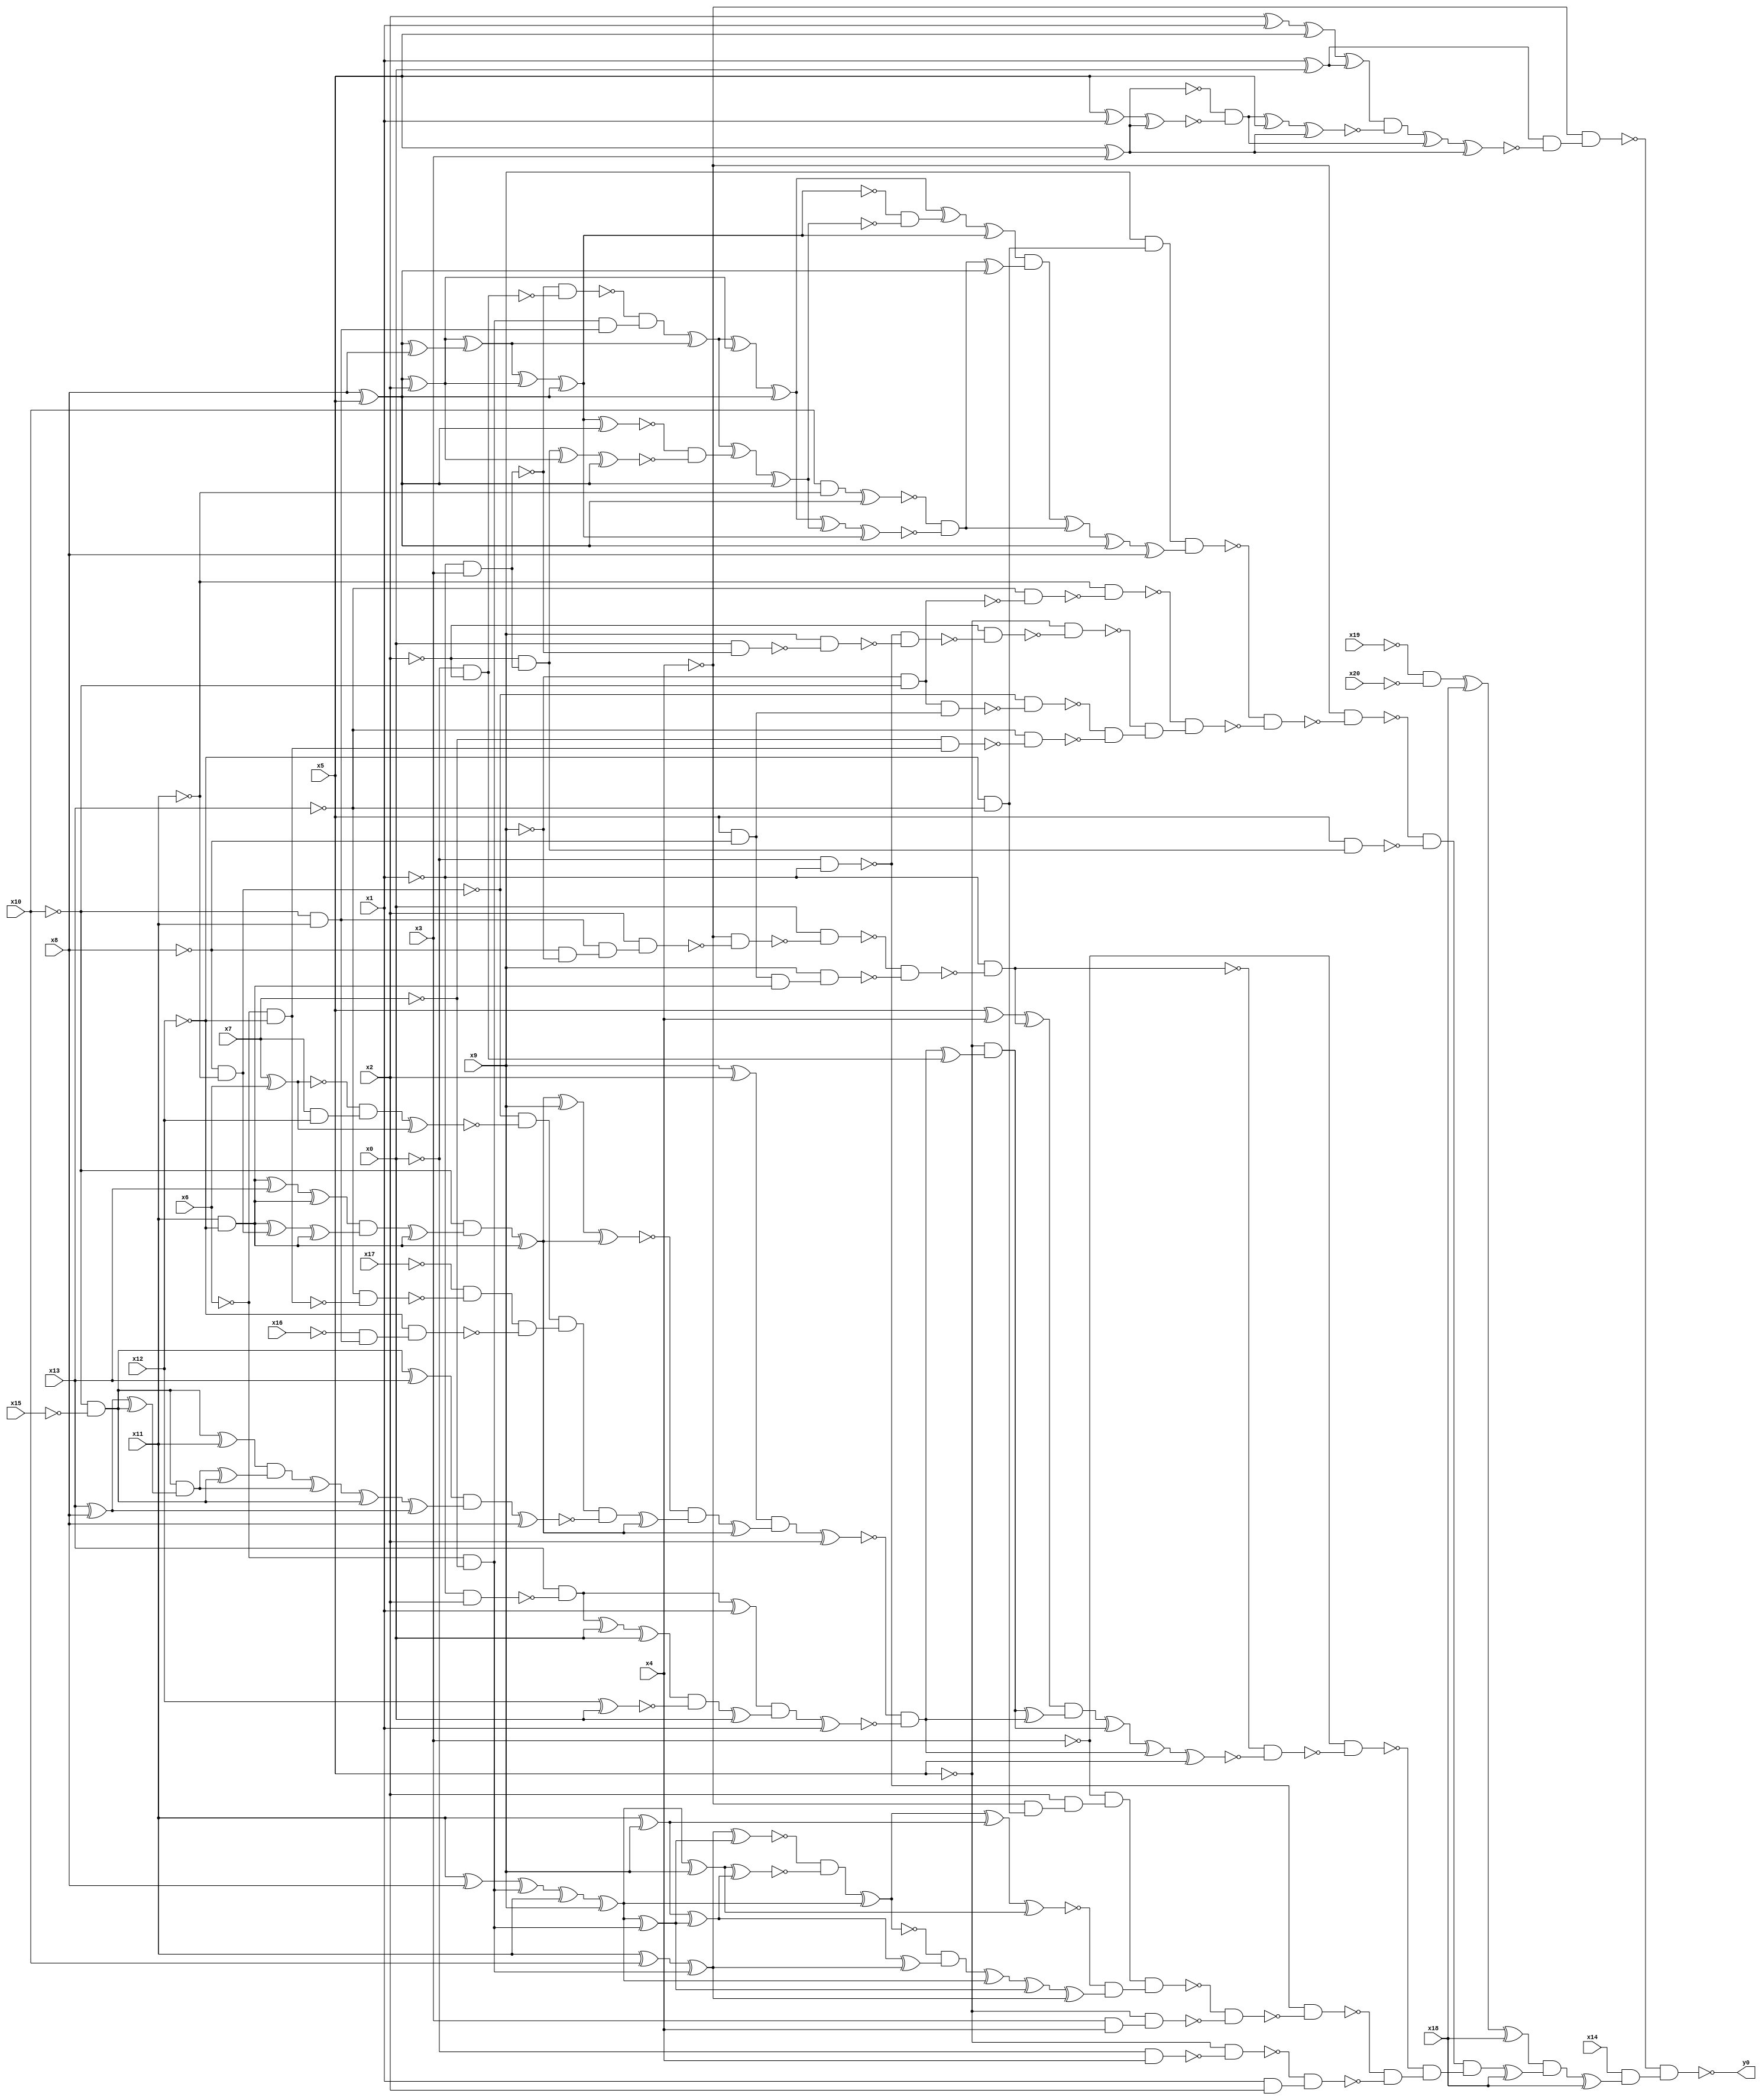
module top( x0 , x1 , x2 , x3 , x4 , x5 , x6 , x7 , x8 , x9 , x10 , x11 , x12 , x13 , x14 , x15 , x16 , x17 , x18 , x19 , x20 , y0 );
  input x0 , x1 , x2 , x3 , x4 , x5 , x6 , x7 , x8 , x9 , x10 , x11 , x12 , x13 , x14 , x15 , x16 , x17 , x18 , x19 , x20 ;
  output y0 ;
  wire n22 , n23 , n24 , n25 , n26 , n27 , n28 , n29 , n30 , n31 , n32 , n33 , n34 , n35 , n36 , n37 , n38 , n39 , n40 , n41 , n42 , n43 , n44 , n45 , n46 , n47 , n48 , n49 , n50 , n51 , n52 , n53 , n54 , n55 , n56 , n57 , n58 , n59 , n60 , n61 , n62 , n63 , n64 , n65 , n66 , n67 , n68 , n69 , n70 , n71 , n72 , n73 , n74 , n75 , n76 , n77 , n78 , n79 , n80 , n81 , n82 , n83 , n84 , n85 , n86 , n87 , n88 , n89 , n90 , n91 , n92 , n93 , n94 , n95 , n96 , n97 , n98 , n99 , n100 , n101 , n102 , n103 , n104 , n105 , n106 , n107 , n108 , n109 , n110 , n111 , n112 , n113 , n114 , n115 , n116 , n117 , n118 , n119 , n120 , n121 , n122 , n123 , n124 , n125 , n126 , n127 , n128 , n129 , n130 , n131 , n132 , n133 , n134 , n135 , n136 , n137 , n138 , n139 , n140 , n141 , n142 , n143 , n144 , n145 , n146 , n147 , n148 , n149 , n150 , n151 , n152 , n153 , n154 , n155 , n156 , n157 , n158 , n159 , n160 , n161 , n162 , n163 , n164 , n165 , n166 , n167 , n168 , n169 , n170 , n171 , n172 , n173 , n174 , n175 , n176 , n177 , n178 , n179 , n180 , n181 , n182 , n183 , n184 , n185 , n186 , n187 , n188 , n189 , n190 , n191 , n192 , n193 , n194 , n195 , n196 , n197 , n198 , n199 , n200 , n201 , n202 , n203 , n204 , n205 , n206 , n207 , n208 , n209 , n210 , n211 , n212 , n213 , n214 , n215 , n216 ;
  assign n22 = x1 ^ x0 ;
  assign n23 = x2 ^ x1 ;
  assign n24 = n23 ^ x5 ;
  assign n25 = n24 ^ n22 ;
  assign n26 = x5 ^ x3 ;
  assign n27 = x5 ^ x1 ;
  assign n28 = n27 ^ n26 ;
  assign n29 = ~n26 & ~n28 ;
  assign n30 = n29 ^ x5 ;
  assign n31 = n30 ^ n26 ;
  assign n32 = n25 & ~n31 ;
  assign n33 = n32 ^ n29 ;
  assign n34 = n33 ^ n26 ;
  assign n35 = n22 & ~n34 ;
  assign n36 = ~x4 & n35 ;
  assign n37 = ~x19 & ~x20 ;
  assign n38 = n37 ^ x18 ;
  assign n39 = n38 ^ x18 ;
  assign n40 = ~x12 & ~x13 ;
  assign n41 = x9 & n40 ;
  assign n49 = ~x1 & x3 ;
  assign n54 = ~x0 & ~x2 ;
  assign n55 = ~n49 & ~n54 ;
  assign n56 = ~x6 & ~x7 ;
  assign n57 = ~x10 & x11 ;
  assign n58 = n56 & n57 ;
  assign n59 = ~n55 & n58 ;
  assign n42 = x8 ^ x5 ;
  assign n44 = n42 ^ x2 ;
  assign n43 = n42 ^ x8 ;
  assign n45 = n44 ^ n43 ;
  assign n60 = n59 ^ n45 ;
  assign n64 = n60 ^ n44 ;
  assign n65 = n64 ^ n42 ;
  assign n46 = n45 ^ n44 ;
  assign n47 = n46 ^ n42 ;
  assign n48 = n47 ^ n42 ;
  assign n50 = ~x2 & n49 ;
  assign n51 = n50 ^ n44 ;
  assign n52 = n51 ^ n42 ;
  assign n53 = ~n48 & ~n52 ;
  assign n61 = n60 ^ n53 ;
  assign n62 = n61 ^ n42 ;
  assign n63 = ~n47 & ~n62 ;
  assign n66 = n65 ^ n63 ;
  assign n67 = n66 ^ n47 ;
  assign n68 = x10 & ~x11 ;
  assign n69 = n68 ^ n42 ;
  assign n70 = n65 ^ n62 ;
  assign n71 = n70 ^ n47 ;
  assign n72 = ~n69 & ~n71 ;
  assign n73 = n72 ^ n42 ;
  assign n74 = n67 & n73 ;
  assign n75 = n74 ^ n72 ;
  assign n76 = n75 ^ n42 ;
  assign n77 = n76 ^ x8 ;
  assign n78 = n41 & n77 ;
  assign n79 = ~x9 & ~x10 ;
  assign n80 = ~x13 & ~n79 ;
  assign n81 = ~x11 & ~n80 ;
  assign n82 = ~x0 & ~x1 ;
  assign n83 = x0 & ~n49 ;
  assign n84 = x9 & ~n83 ;
  assign n85 = ~n82 & ~n84 ;
  assign n86 = ~x2 & ~n85 ;
  assign n87 = ~x5 & ~n86 ;
  assign n88 = ~x8 & ~x11 ;
  assign n89 = x5 & ~x8 ;
  assign n90 = n79 & n89 ;
  assign n91 = ~n88 & ~n90 ;
  assign n92 = ~x6 & ~x12 ;
  assign n93 = ~x7 & n92 ;
  assign n94 = ~x13 & ~n93 ;
  assign n95 = ~n91 & ~n94 ;
  assign n96 = ~n87 & n95 ;
  assign n97 = ~n81 & n96 ;
  assign n98 = ~n78 & ~n97 ;
  assign n99 = ~x4 & ~n98 ;
  assign n100 = x5 & n50 ;
  assign n101 = ~n99 & ~n100 ;
  assign n102 = ~x8 & ~x9 ;
  assign n103 = n57 & n102 ;
  assign n104 = x2 & n103 ;
  assign n105 = ~x4 & ~n104 ;
  assign n106 = x0 & ~n105 ;
  assign n107 = x11 & ~x12 ;
  assign n108 = n89 & n107 ;
  assign n109 = x9 & n108 ;
  assign n110 = ~n106 & ~n109 ;
  assign n111 = ~x1 & ~n110 ;
  assign n112 = x5 ^ x4 ;
  assign n113 = n112 ^ n111 ;
  assign n114 = x9 ^ x2 ;
  assign n115 = n107 ^ x13 ;
  assign n116 = n115 ^ n107 ;
  assign n117 = n107 ^ n88 ;
  assign n118 = n117 ^ n107 ;
  assign n119 = n116 & n118 ;
  assign n120 = n119 ^ n107 ;
  assign n121 = ~x10 & n120 ;
  assign n122 = n121 ^ n107 ;
  assign n123 = n122 ^ x9 ;
  assign n124 = n123 ^ n122 ;
  assign n125 = x7 ^ x6 ;
  assign n126 = x7 & x12 ;
  assign n127 = ~n125 & n126 ;
  assign n128 = n127 ^ n125 ;
  assign n129 = ~n88 & ~n128 ;
  assign n130 = ~x13 & ~n92 ;
  assign n131 = ~x17 & ~n130 ;
  assign n132 = ~x16 & n57 ;
  assign n133 = ~x12 & n132 ;
  assign n134 = n131 & ~n133 ;
  assign n135 = n129 & n134 ;
  assign n136 = ~x10 & ~x15 ;
  assign n137 = n136 ^ x13 ;
  assign n138 = n136 ^ x11 ;
  assign n139 = x13 ^ x8 ;
  assign n140 = n139 ^ n136 ;
  assign n141 = n136 & n140 ;
  assign n142 = n141 ^ n136 ;
  assign n143 = n138 & n142 ;
  assign n144 = n143 ^ n141 ;
  assign n145 = n144 ^ n136 ;
  assign n146 = n145 ^ n139 ;
  assign n147 = n137 & n146 ;
  assign n148 = n147 ^ x8 ;
  assign n149 = n135 & ~n148 ;
  assign n150 = n149 ^ n122 ;
  assign n151 = ~n124 & n150 ;
  assign n152 = n151 ^ n122 ;
  assign n153 = n114 & n152 ;
  assign n154 = n153 ^ x2 ;
  assign n155 = ~x1 & x2 ;
  assign n156 = x13 & ~n155 ;
  assign n157 = n156 ^ x1 ;
  assign n158 = n156 ^ x0 ;
  assign n159 = n158 ^ x0 ;
  assign n160 = x12 ^ x0 ;
  assign n161 = n159 & ~n160 ;
  assign n162 = n161 ^ x0 ;
  assign n163 = n157 & n162 ;
  assign n164 = n163 ^ x1 ;
  assign n165 = ~n154 & ~n164 ;
  assign n166 = n165 ^ n54 ;
  assign n167 = ~x5 & n166 ;
  assign n168 = n167 ^ n165 ;
  assign n169 = n113 & n168 ;
  assign n170 = n169 ^ n167 ;
  assign n171 = n170 ^ n165 ;
  assign n172 = n171 ^ x5 ;
  assign n173 = ~n111 & ~n172 ;
  assign n174 = ~x3 & ~n173 ;
  assign n175 = ~x4 & n40 ;
  assign n176 = x2 & n175 ;
  assign n177 = ~x3 & n176 ;
  assign n183 = x11 ^ x10 ;
  assign n184 = n183 ^ n56 ;
  assign n178 = x11 ^ x8 ;
  assign n179 = n178 ^ n56 ;
  assign n180 = n179 ^ x11 ;
  assign n181 = n180 ^ x9 ;
  assign n182 = n181 ^ n56 ;
  assign n185 = n184 ^ n182 ;
  assign n188 = n181 ^ x9 ;
  assign n186 = x11 ^ x9 ;
  assign n187 = n186 ^ n182 ;
  assign n189 = n188 ^ n187 ;
  assign n190 = ~n185 & ~n189 ;
  assign n191 = n190 ^ n181 ;
  assign n192 = n191 ^ n186 ;
  assign n193 = n192 ^ n188 ;
  assign n194 = n187 ^ n184 ;
  assign n195 = ~n191 & n194 ;
  assign n196 = n195 ^ n181 ;
  assign n197 = n196 ^ n182 ;
  assign n198 = n197 ^ n184 ;
  assign n199 = ~n193 & n198 ;
  assign n200 = n177 & n199 ;
  assign n201 = x3 & x4 ;
  assign n202 = ~x5 & n201 ;
  assign n203 = ~n200 & ~n202 ;
  assign n204 = ~n82 & ~n203 ;
  assign n205 = ~x0 & x4 ;
  assign n206 = ~x5 & ~n205 ;
  assign n207 = x1 & x2 ;
  assign n208 = ~n206 & n207 ;
  assign n209 = ~n204 & ~n208 ;
  assign n210 = ~n174 & n209 ;
  assign n211 = n101 & n210 ;
  assign n212 = n211 ^ x18 ;
  assign n213 = n39 & n212 ;
  assign n214 = n213 ^ x18 ;
  assign n215 = x14 & n214 ;
  assign n216 = ~n36 & n215 ;
  assign y0 = ~n216 ;
endmodule